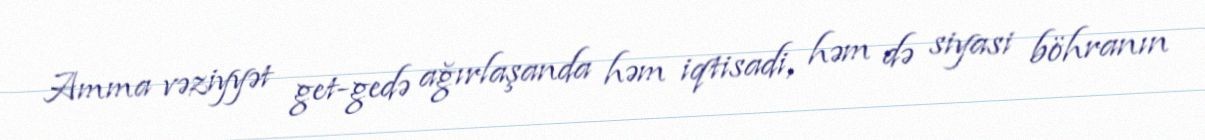
Amma vəziyyət get-gedə ağırlaşanda həm iqtisadi, həm də siyasi böhranın